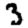
Digit: 3